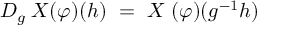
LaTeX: D _ { g } \; X ( \varphi ) ( h ) \ = \ X \; ( \varphi ) ( g ^ { - 1 } h )